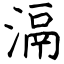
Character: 滆